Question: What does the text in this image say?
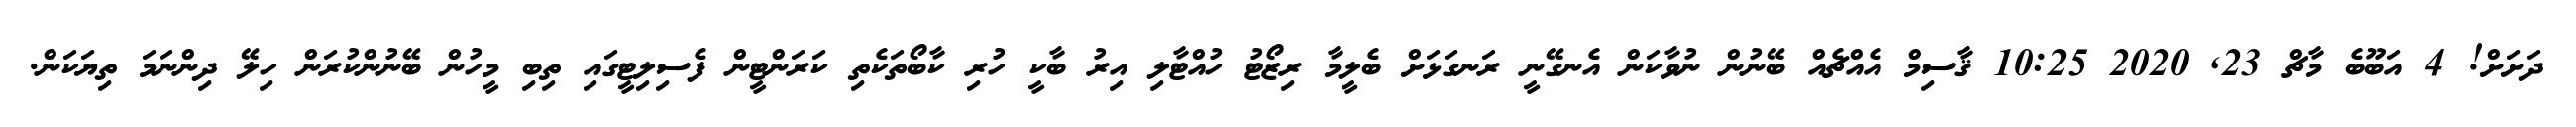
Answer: ދަށަށް! 4 އަބޫބެ މާޗް 23, 2020 10:25 ޤާސިމް އެއްޗެއް ބޭނުން ނުވާކަން އެނގޭނީ ރަނގަޅަށް ބެލީމާ ރިޒޯޓު ހުއްޓާލި އިރު ބާކީ ހުރި ކާބޯތަކެތި ކަރަންޓީން ފެސިލިޓީގައި ތިބި މީހުން ބޭނުންކުރަން ހިލޭ ދިންނަމަ ތިޔަކަން.